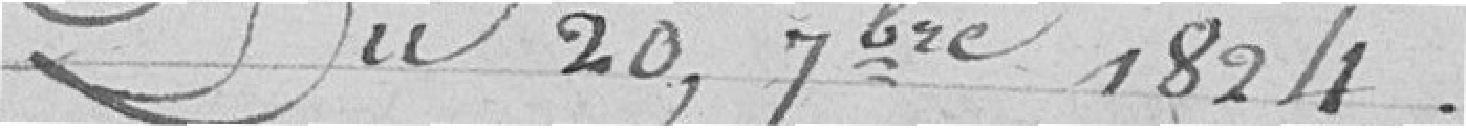
Du 20 septembre 1824